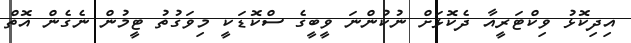
އިދިކޮޅު ވިކްޓަރީއާ ދެކޮޅަށް ނުކުންނަ ވީބީގެ ސްކޮޑަކީ މިވަގުތު ޓީމުން ނެގެން އޮތް